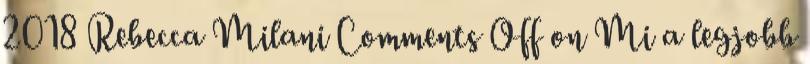
2018 Rebecca Milani Comments Off on Mi a legjobb